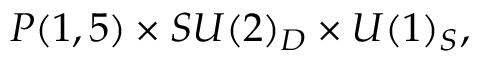
P ( 1 , 5 ) \times S U ( 2 ) _ { D } \times U ( 1 ) _ { S } ,